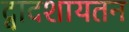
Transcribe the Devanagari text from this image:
द्वादशायतन